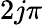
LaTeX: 2j\pi